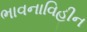
ભાવનાવિહીન